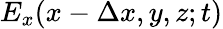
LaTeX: E_{x}(x-\Delta x,y,z;t)